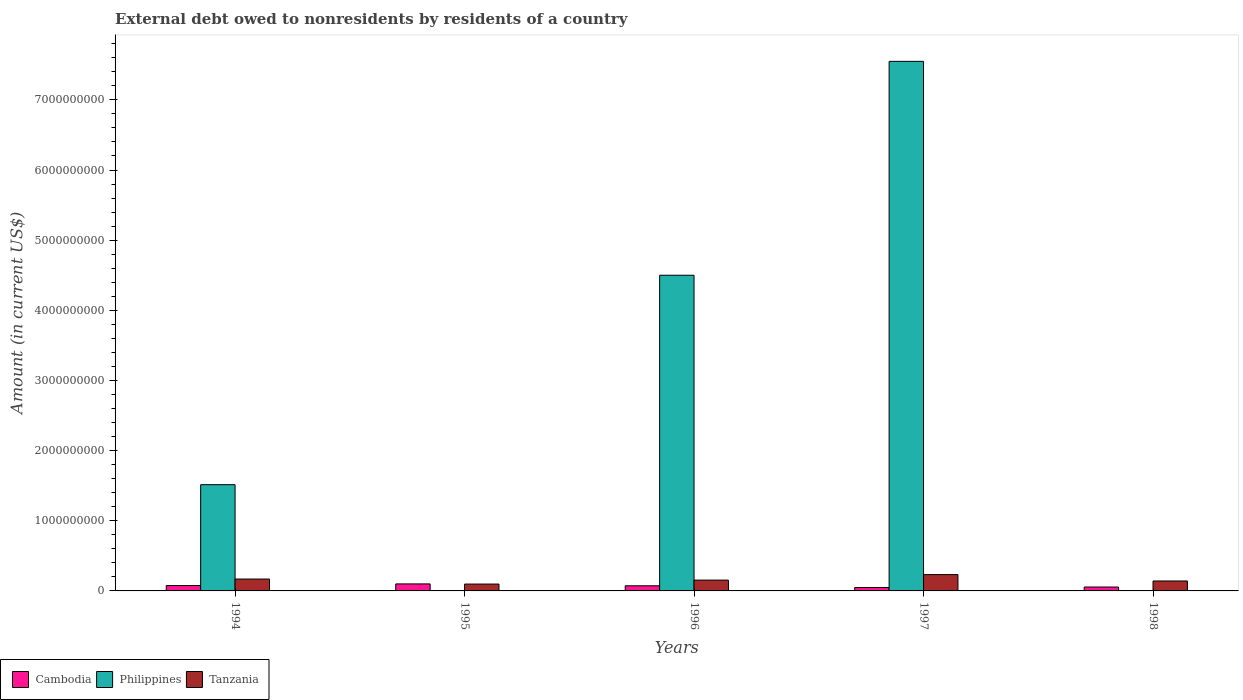
| Years | Cambodia | Philippines | Tanzania |
 | --- | --- | --- | --- |
 | 1994 | 7.64e+07 | 1.51e+09 | 1.69e+08 |
 | 1995 | 1e+08 | -6.96e+08 | 9.79e+07 |
 | 1996 | 7.31e+07 | 4.5e+09 | 1.54e+08 |
 | 1997 | 4.88e+07 | 7.55e+09 | 2.33e+08 |
 | 1998 | 5.55e+07 | -4.1e+09 | 1.42e+08 |